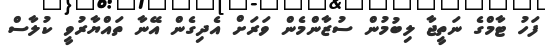
ފަހު ޓާމްގެ ނަތީޖާ ލިބުމުން ސުޒާންމެން ވަރަށް އެދިގެން އޭނާ ތައްޔާރުވީ ކުލާސް